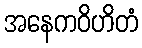
အနေကဝိဟိတံ